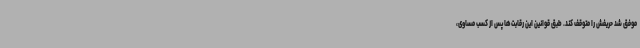
موفق شد حریفش را متوقف کند. طبق قوانین این رقابت‌ها پس از کسب مساوی،